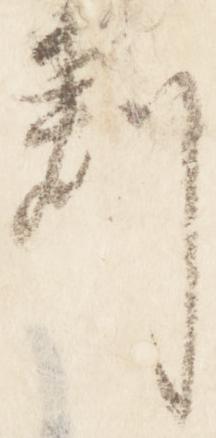
判